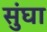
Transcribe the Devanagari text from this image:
सुंघा